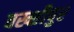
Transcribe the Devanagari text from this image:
बख्शीपुर